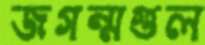
জগন্মগুল